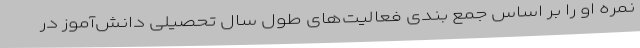
نمره او را بر اساس جمع بندی فعالیت‌های طول سال تحصیلی دانش‌آموز در